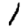
Digit: 1